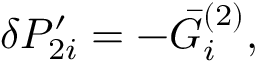
\delta P _ { 2 i } ^ { \prime } = - \bar { G } _ { i } ^ { ( 2 ) } ,